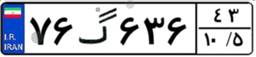
۰۲گ۳۷۳۲۸